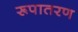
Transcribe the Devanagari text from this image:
रूपातरण